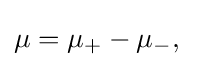
\mu =\mu _{+}-\mu _{-},\;